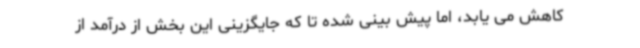
کاهش می یابد، اما پیش بینی شده تا که جایگزینی این بخش از درآمد از